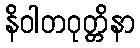
နိဝါတဝုတ္တိနာ